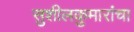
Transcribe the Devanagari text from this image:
सुशीलकुमारांचा